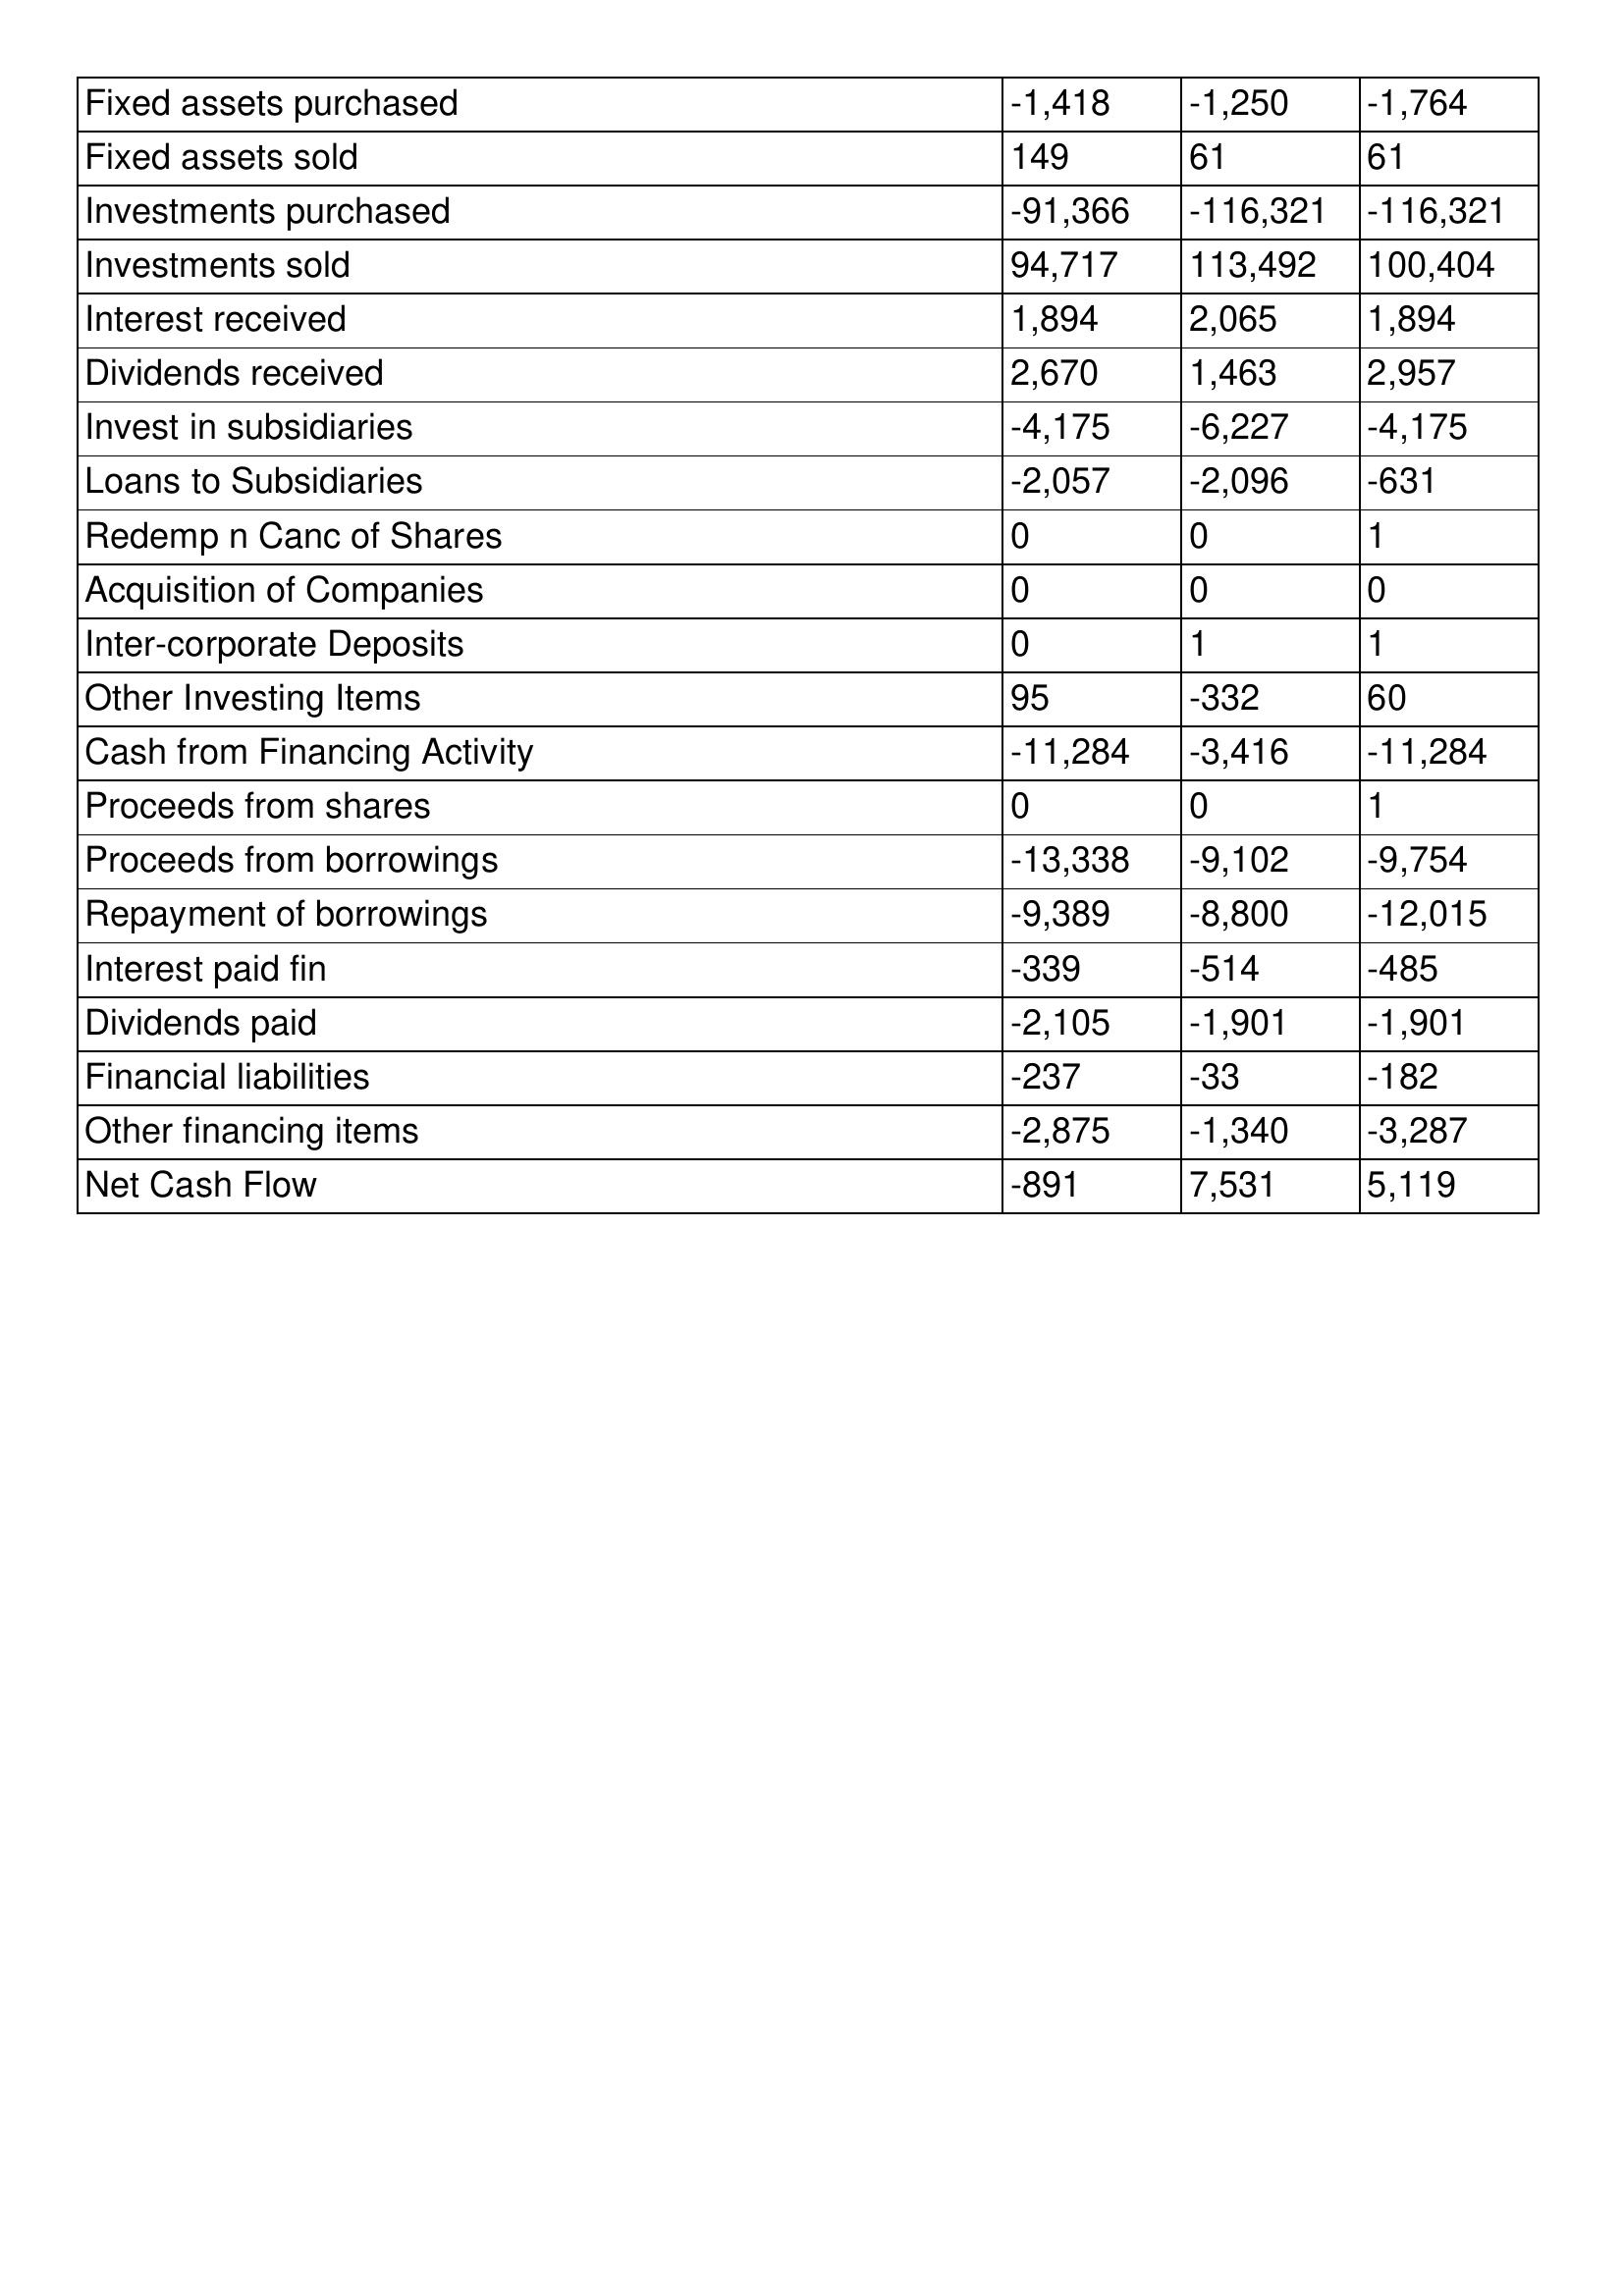
gt_parse: 2013: Cash Flows: Fixed assets purchased: -1,418
Fixed assets sold: 149
Investments purchased: -91,366
Investments sold: 94,717
Interest received: 1,894
Dividends received: 2,670
Invest in subsidiaries: -4,175
Loans to Subsidiaries: -2,057
Redemp n Canc of Shares: 0
Acquisition of Companies: 0
Inter-corporate Deposits: 0
Other Investing Items: 95
Cash from Financing Activity: -11,284
Proceeds from shares: 0
Proceeds from borrowings: -13,338
Repayment of borrowings: -9,389
Interest paid fin: -339
Dividends paid: -2,105
Financial liabilities: -237
Other financing items: -2,875
Net Cash Flow: -891
2012: Cash Flows: Fixed assets purchased: -1,250
Fixed assets sold: 61
Investments purchased: -116,321
Investments sold: 113,492
Interest received: 2,065
Dividends received: 1,463
Invest in subsidiaries: -6,227
Loans to Subsidiaries: -2,096
Redemp n Canc of Shares: 0
Acquisition of Companies: 0
Inter-corporate Deposits: 1
Other Investing Items: -332
Cash from Financing Activity: -3,416
Proceeds from shares: 0
Proceeds from borrowings: -9,102
Repayment of borrowings: -8,800
Interest paid fin: -514
Dividends paid: -1,901
Financial liabilities: -33
Other financing items: -1,340
Net Cash Flow: 7,531
2011: Cash Flows: Fixed assets purchased: -1,764
Fixed assets sold: 61
Investments purchased: -116,321
Investments sold: 100,404
Interest received: 1,894
Dividends received: 2,957
Invest in subsidiaries: -4,175
Loans to Subsidiaries: -631
Redemp n Canc of Shares: 1
Acquisition of Companies: 0
Inter-corporate Deposits: 1
Other Investing Items: 60
Cash from Financing Activity: -11,284
Proceeds from shares: 1
Proceeds from borrowings: -9,754
Repayment of borrowings: -12,015
Interest paid fin: -485
Dividends paid: -1,901
Financial liabilities: -182
Other financing items: -3,287
Net Cash Flow: 5,119